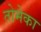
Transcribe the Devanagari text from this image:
तोमेका